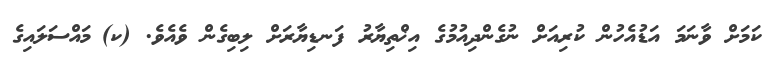
ކަމަށް ވާނަމަ އަޑުއެހުން ކުރިއަށް ނުގެންދިއުމުގެ އިޚްތިޔާރު ފަނޑިޔާރަށް ލިބިގެން ވެއެވެ. (ކ)	މައްސަލައިގެ